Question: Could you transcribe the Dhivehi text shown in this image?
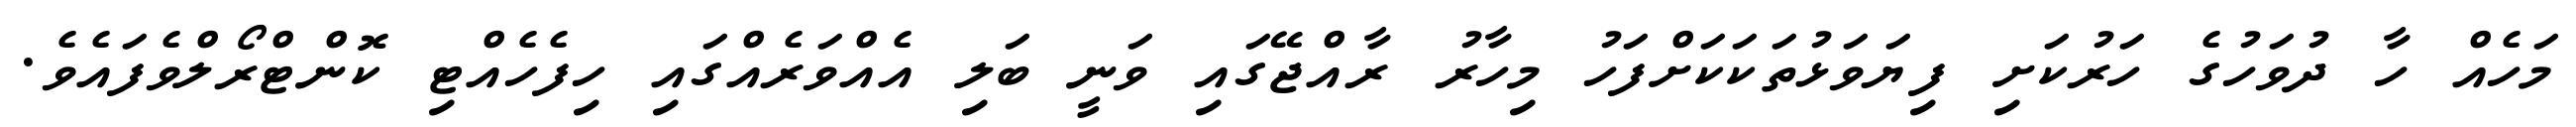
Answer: މަހެއް ހާ ދުވަހުގެ ހަރުކަށި ފިޔަވަޅުތަކަކަށްފަހު މިހާރު ރާއްޖޭގައި ވަނީ ބަލި އެއްވަރެއްގައި ހިފެހެއްޓި ކޮންޓްރޯލްވެފައެވެ.